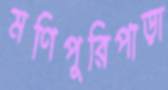
মণিপুরিপাড়া